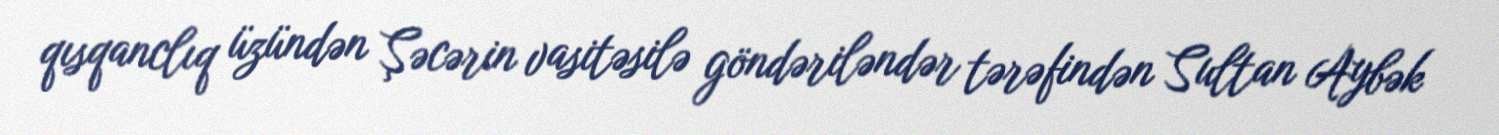
qısqanclıq üzündən Şəcərin vasitəsilə göndəriləndər tərəfindən Sultan Aybək